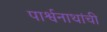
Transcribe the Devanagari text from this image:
पार्श्वनाथांची